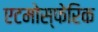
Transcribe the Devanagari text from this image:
एटमोस्फेरिक